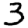
Digit: 3